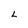
Character: L